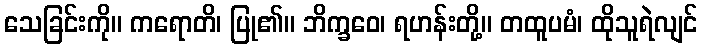
သေခြင်းကို။ ကရောတိ၊ ပြု၏။ ဘိက္ခဝေ၊ ရဟန်းတို့။ တထူပမံ၊ ထိုသူရဲလျင်